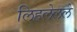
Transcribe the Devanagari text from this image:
लिहलेलले